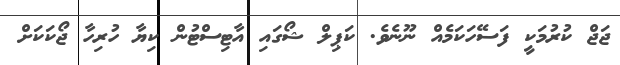
ޖަޖް ކުރުމަކީ ފަސޭހަކަމެއް ނޫނެވެ. ކަޕިލް ޝޯގައި އާޓިސްޓުން ކިޔާ ހުރިހާ ޖޯކަކަށް